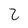
Character: 2